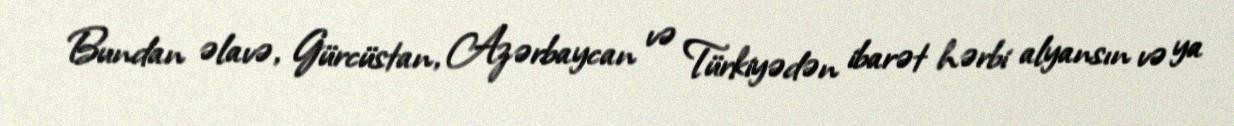
Bundan əlavə, Gürcüstan, Azərbaycan və Türkiyədən ibarət hərbi alyansın və ya